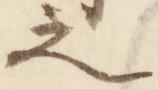
之